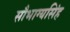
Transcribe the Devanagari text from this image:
सौभाग्यसिंह